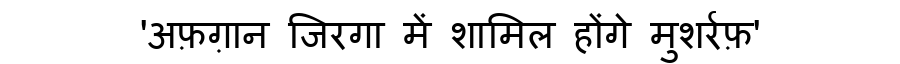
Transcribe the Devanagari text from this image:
'अफ़ग़ान जिरगा में शामिल होंगे मुशर्रफ़'